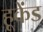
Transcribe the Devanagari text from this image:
हूकेंड